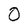
Character: 0